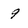
Character: 9